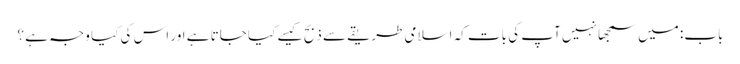
باب: میں سمجھا نہیں آپ کی بات کہ اسلامی طریقے سے ذبح کیسے کیا جاتا ہے اور اس کی کیا وجہ ہے ؟